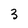
Character: 3